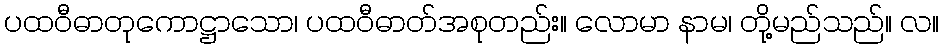
ပထဝီဓာတုကောဋ္ဌာသော၊ ပထဝီဓာတ်အစုတည်း။ လောမာ နာမ၊ တို့မည်သည်။ လ။